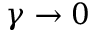
\gamma \rightarrow 0